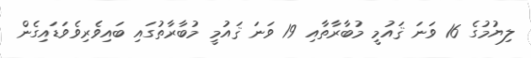
ލިޔުމުގެ 16 ވަނަ ޤައުމީ މުބާރާތާއި 19 ވަނަ ޤައުމީ މުބާރާތުގައި ބައިވެރިވެވަޑައިގެން